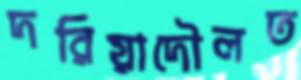
দরিয়াদৌলত